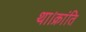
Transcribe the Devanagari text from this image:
था।क्रांति